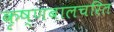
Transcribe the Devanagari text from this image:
कृष्णबालचरित